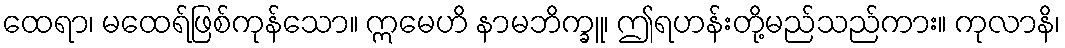
ထေရာ၊ မထေရ်ဖြစ်ကုန်သော။ ဣမေဟိ နာမဘိက္ခူ၊ ဤရဟန်းတို့မည်သည်ကား။ ကုလာနိ၊